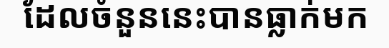
ដែលចំនួននេះបានធ្លាក់មក